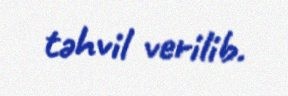
təhvil verilib.